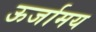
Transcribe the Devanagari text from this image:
ऊर्जामय